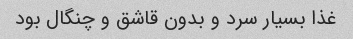
غذا بسیار سرد و بدون قاشق و چنگال بود